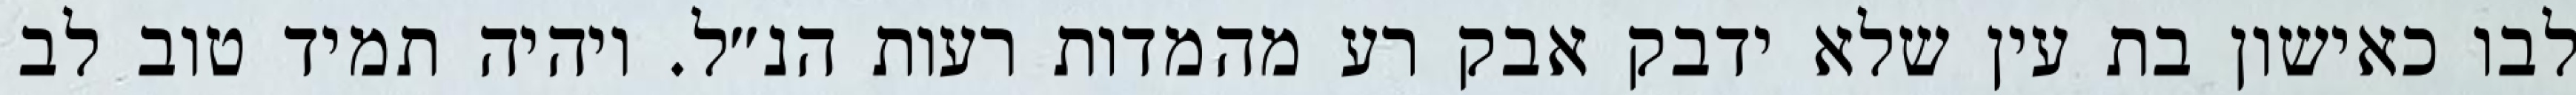
לבו כאישון בת עין שלא ידבק אבק רע מהמדות רעות הנ״ל. ויהיה תמיד טוב לב